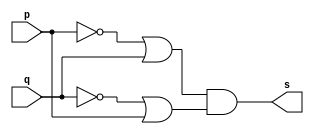
// -------------------------
// Exemplo0011 - XAND
// Nome: Lucas Porto Lopes
// Matricula 451408
// -------------------------
// -------------------------
// -- xand gate
// -------------------------
module xandgate (output s, input p,q);
assign s = ((~(p) | (q)) & (~(q) | (p)));
endmodule // xandgate
// ------------------------
// -- teste xand gate
// ------------------------
module testexandgate;
// ------------------------ dados locais
reg a, b; // definir registradores
wire s; // definir conexao (fio)
// ------------------------ instancia
xandgate XAND1 (s, a, b);
// ------------------------ preparacao
initial begin:start
// atribuicao simultanea dos valores iniciais
a=0; b=0;
end
// ------------------------ parte principal
initial begin
$display("Exemplo0009 - Lucas Porto Lopes - 451408");
$display("Test XOR gate");
$display("\na ~^ b = s\n");
a=0; b=0;
#1 $display("%b ~^ %b = %b", a, b, s);
a=0; b=1;
#1 $display("%b ~^ %b = %b", a, b, s);
a=1; b=0;
#1 $display("%b ~^ %b = %b", a, b, s);
a=1; b=1;
#1 $display("%b ~^ %b = %b", a, b, s);
end
endmodule // testexandgate